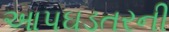
આપઘડતરની